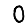
Digit: 0